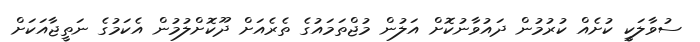
ސުވާލަކީ ކުށެއް ކުރުމުން ދައުވާނުކޮށް އަލުން މުޖްތަމައުގެ ތެރެއަށް ދޫކޮށްލުމުން އެކަމުގެ ނަތީޖާއަކަށް